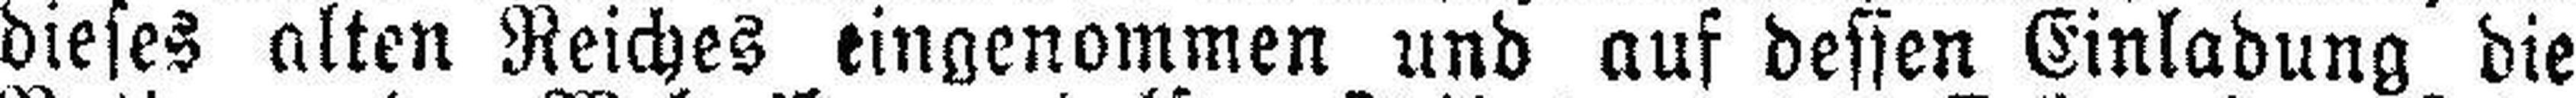
dieses alten Reiches eingenommen und auf dessen Einladung die